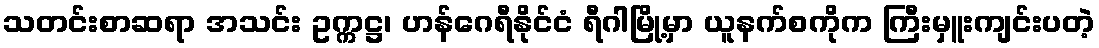
သတင်းစာဆရာ အသင်း ဥက္ကဋ္ဌ၊ ဟန်ဂေရီနိုင်ငံ ရီဂါမြို့မှာ ယူနက်စကိုက ကြီးမှူးကျင်းပတဲ့